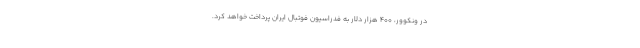
در ونکوور، ۴۰۰ هزار دلار به فدراسیون فوتبال ایران پرداخت خواهد کرد.